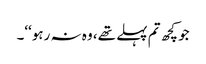
جو کچھ تم پہلے تھے، وہ نہ رہو‘‘۔